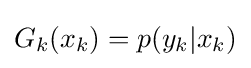
G_{k}(x_{k})=p(y_{k}|x_{k})